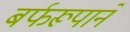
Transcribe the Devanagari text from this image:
बर्फरूपाने